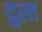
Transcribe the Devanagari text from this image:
दु्रत